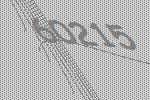
60215